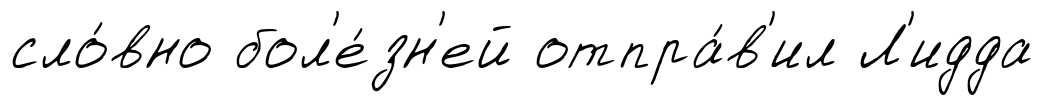
сло́вно бол'е́зн'ей отпра́в'ил Л'идда